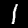
Label: 1